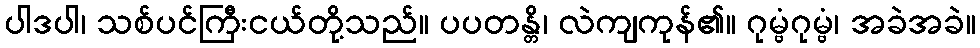
ပါဒပါ၊ သစ်ပင်ကြီးငယ်တို့သည်။ ပပတန္တိ၊ လဲကျကုန်၏။ ဂုမ္ဗံဂုမ္ဗံ၊ အခဲအခဲ။